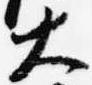
大